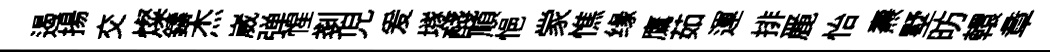
遏揚交燦鑄杰崴弹惺剗児爰𡑞醆順悒䝉憔缘鷹茹運排䴡怡燾墅昉轘章